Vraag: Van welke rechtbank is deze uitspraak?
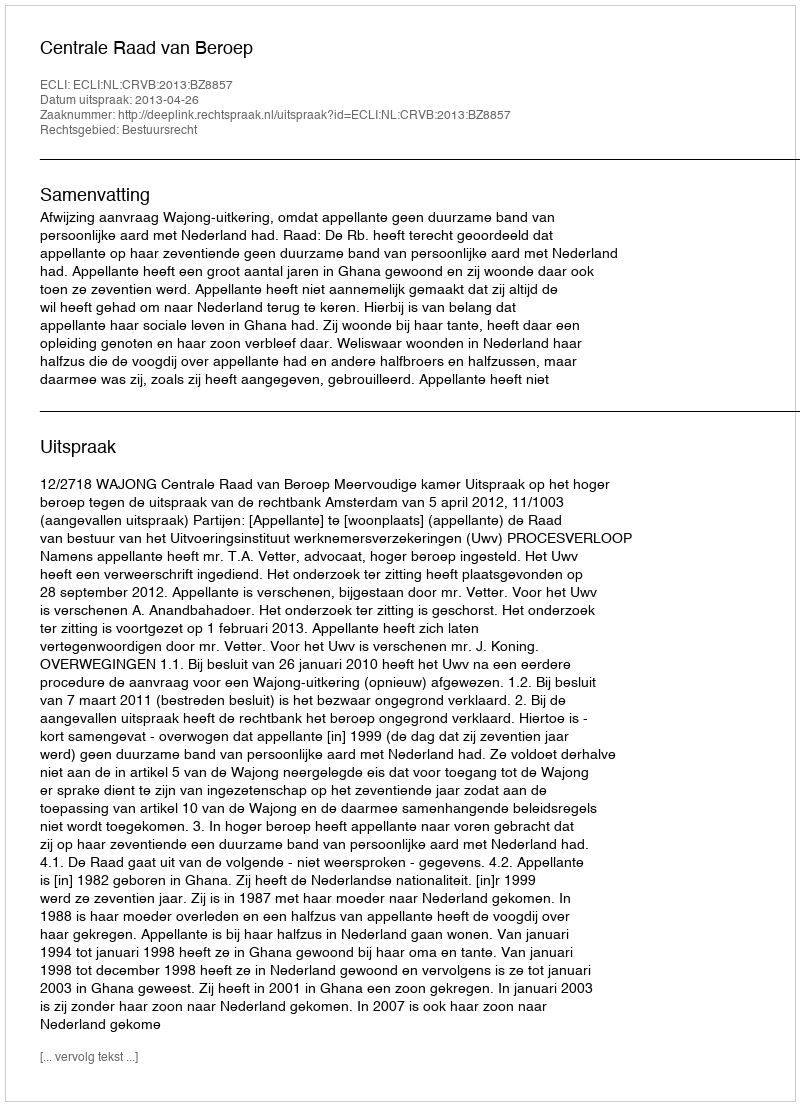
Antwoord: Centrale Raad van Beroep